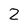
Character: 2